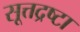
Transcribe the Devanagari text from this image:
सूत्तद्रष्टा